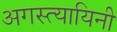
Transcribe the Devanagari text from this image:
अगस्त्यायिनी